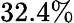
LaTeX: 32.4\%